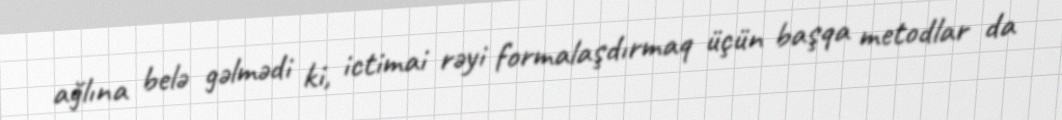
ağlına belə gəlmədi ki, ictimai rəyi formalaşdırmaq üçün başqa metodlar da